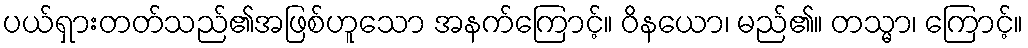
ပယ်ရှားတတ်သည်၏အဖြစ်ဟူသော အနက်ကြောင့်။ ဝိနယော၊ မည်၏။ တသ္မာ၊ ကြောင့်။